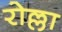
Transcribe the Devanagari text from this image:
रोल्ला